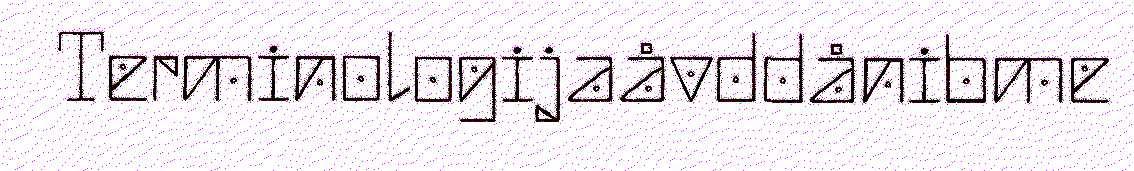
Terminologijaåvddånibme